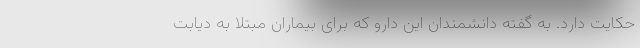
حکایت دارد. به گفته دانشمندان این دارو که برای بیماران مبتلا به دیابت